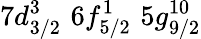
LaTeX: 7d_{3/2}^{3}\, \, 6f_{5/2}^{1}\, \, 5g_{9/2}^{10}